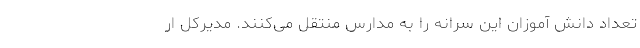
تعداد دانش آموزان این سرانه را به مدارس منتقل ‌می‌کنند. مدیرکل ار